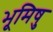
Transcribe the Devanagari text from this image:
भूमिषु